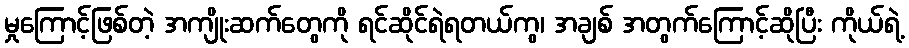
မှုကြောင့်ဖြစ်တဲ့ အကျိုးဆက်တွေကို ရင်ဆိုင်ရဲရတယ်ကွ၊ အချစ် အတွက်ကြောင့်ဆိုပြီး ကိုယ်ရဲ့